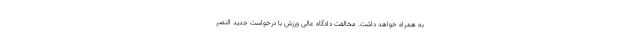
به همراه خواهد داشت. مخالفت دادگاه عالی ورزش با درخواست جدید النصر